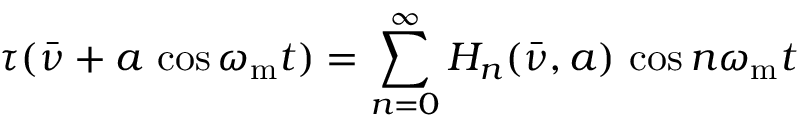
\tau ( \bar { \nu } + a \, \cos \omega _ { \mathrm { m } } t ) = \sum _ { n = 0 } ^ { \infty } H _ { n } ( \bar { \nu } , a ) \, \cos n \omega _ { \mathrm { m } } t